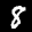
Label: 8